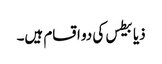
ذیابیطس کی دو اقسام ہیں۔